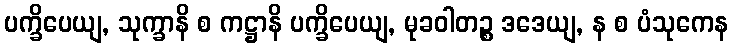
ပက္ခိပေယျ, သုက္ခာနိ စ ကဋ္ဌာနိ ပက္ခိပေယျ, မုခဝါတဉ္စ ဒဒေယျ, န စ ပံသုကေန